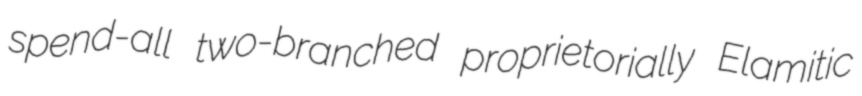
spend-all two-branched proprietorially Elamitic